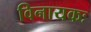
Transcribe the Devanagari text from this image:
विनायकः